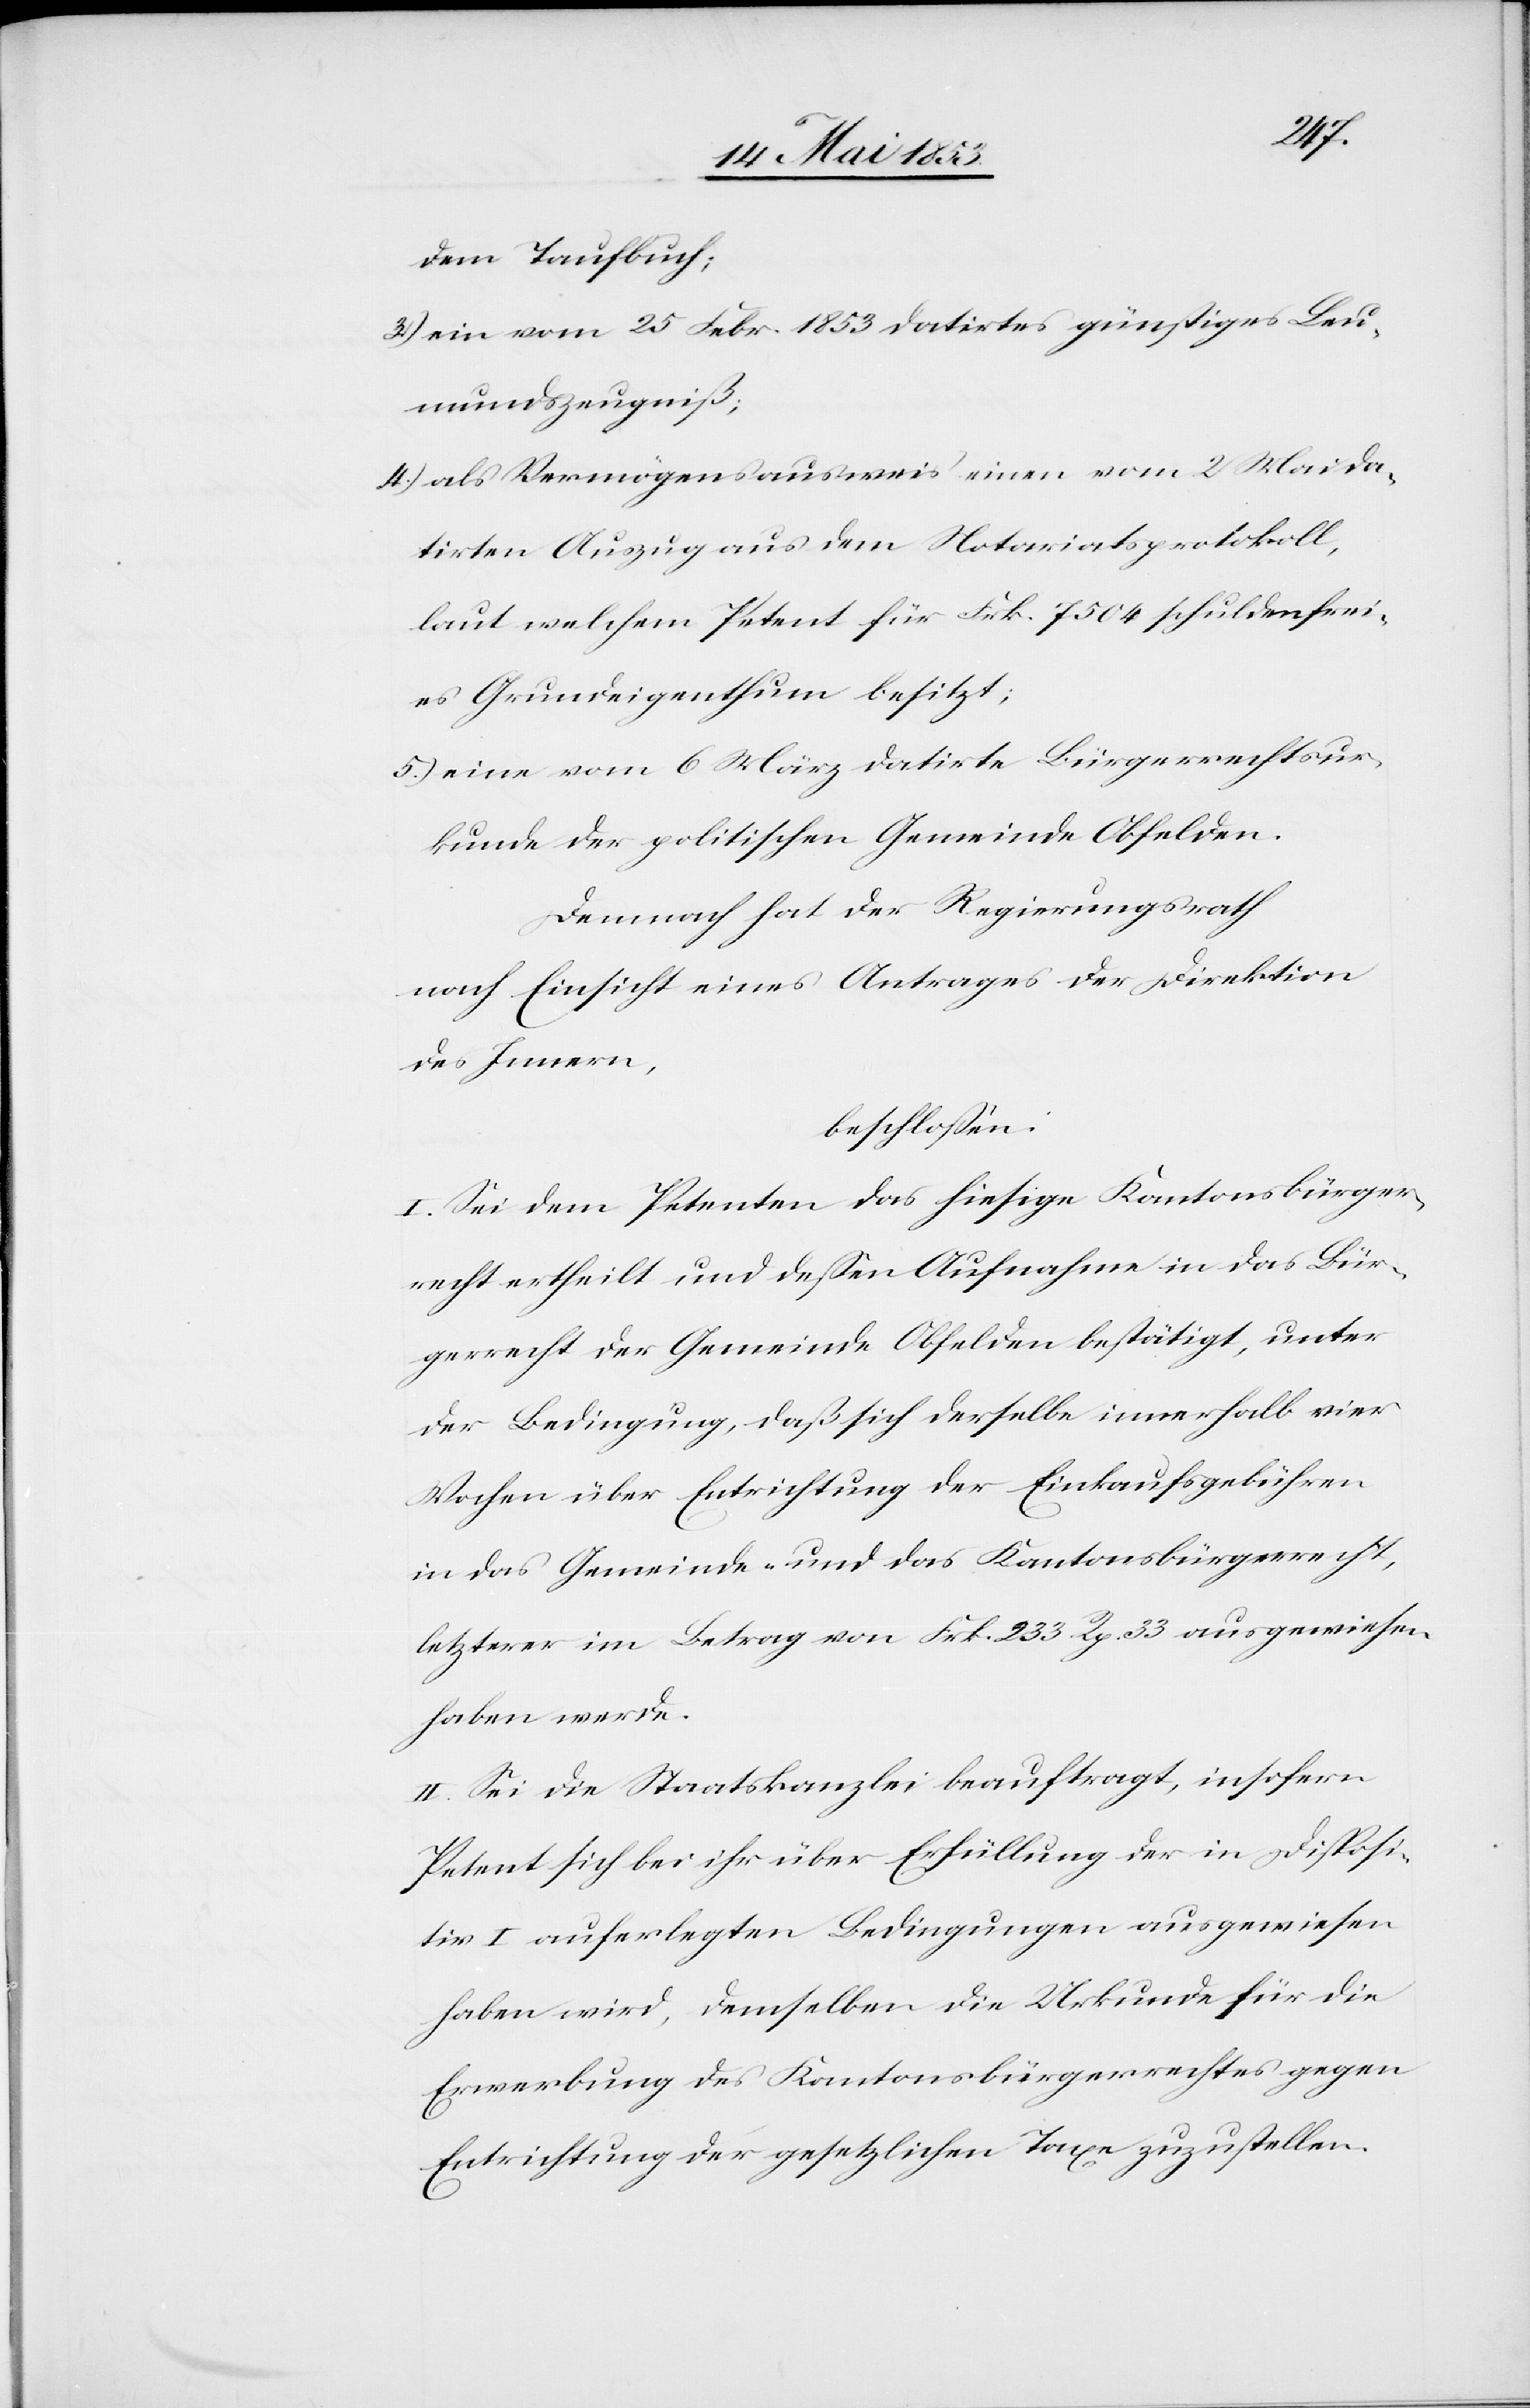
dem Taufbuch;
3) ein vom 25 Febr. 1853 datirtes günstiges Leu¬
mundszeugniß;
4) als Vermögensausweis einen vom 2 Mai da¬
tirten Auszug aus dem Notariatsprotokoll,
laut welchem Petent für Frk. 7504 schuldenfrei¬
es Grundeigenthum besitzt;
5.) eine vom 6 März datirte Bürgerrechtsur¬
kunde der politischen Gemeinde Obfelden.
Demnach hat der Regierungsrath
nach Einsicht eines Antrages der Direktion
des Innern,
beschloßen:
I. Sei dem Petenten das hiesige Kantonsbürger¬
recht ertheilt und deßen Aufnahme in das Bür¬
gerrecht der Gemeinde Obfelden bestätigt, unter
der Bedingung, daß sich derselbe innerhalb vier
Wochen über Entrichtung der Einkaufsgebühren
in das Gemeinds- und das Kantonsbürgerrecht,
letzterer im Betrag von Frk 233 Rp 33 ausgewiesen
haben werde.
II. Sei die Staatskanzlei beauftragt, insofern
Petent sich bei ihr über Erfüllung der in Disposi¬
tiv I auferlegten Bedingungen ausgewiesen
haben wird, demselben die Urkunde für die
Erwerbung des Kantonsbürgerrechtes gegen
Entrichtung der gesetzlichen Taxe zuzustellen.